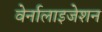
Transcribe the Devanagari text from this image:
वेर्नालाइजेशन